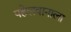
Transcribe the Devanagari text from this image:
पहेलवानाला